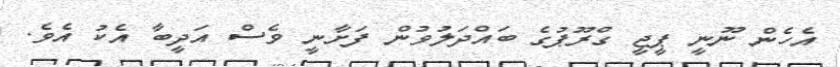
އެހެން ނޫނީ ޕީޖީ ގްރޫޕުގެ ބައްދަލުވުން ފަށާނީ ވެސް އަދީބާ އެކު އެވެ.